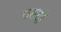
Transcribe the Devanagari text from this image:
पसंदों